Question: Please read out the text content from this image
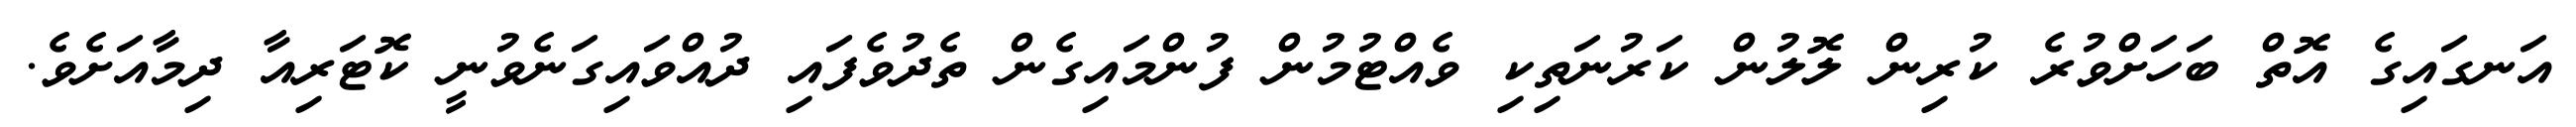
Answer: އަނގައިގެ އޮތް ބަހަށްވުރެ ކުރިން ލޮލުން ކަރުނަތިކި ވެއްޓުމުން ފުންމައިގެން ތެދުވެފައި ދުއްވައިގަނެވުނީ ކޮޓަރިއާ ދިމާއަށެވެ.